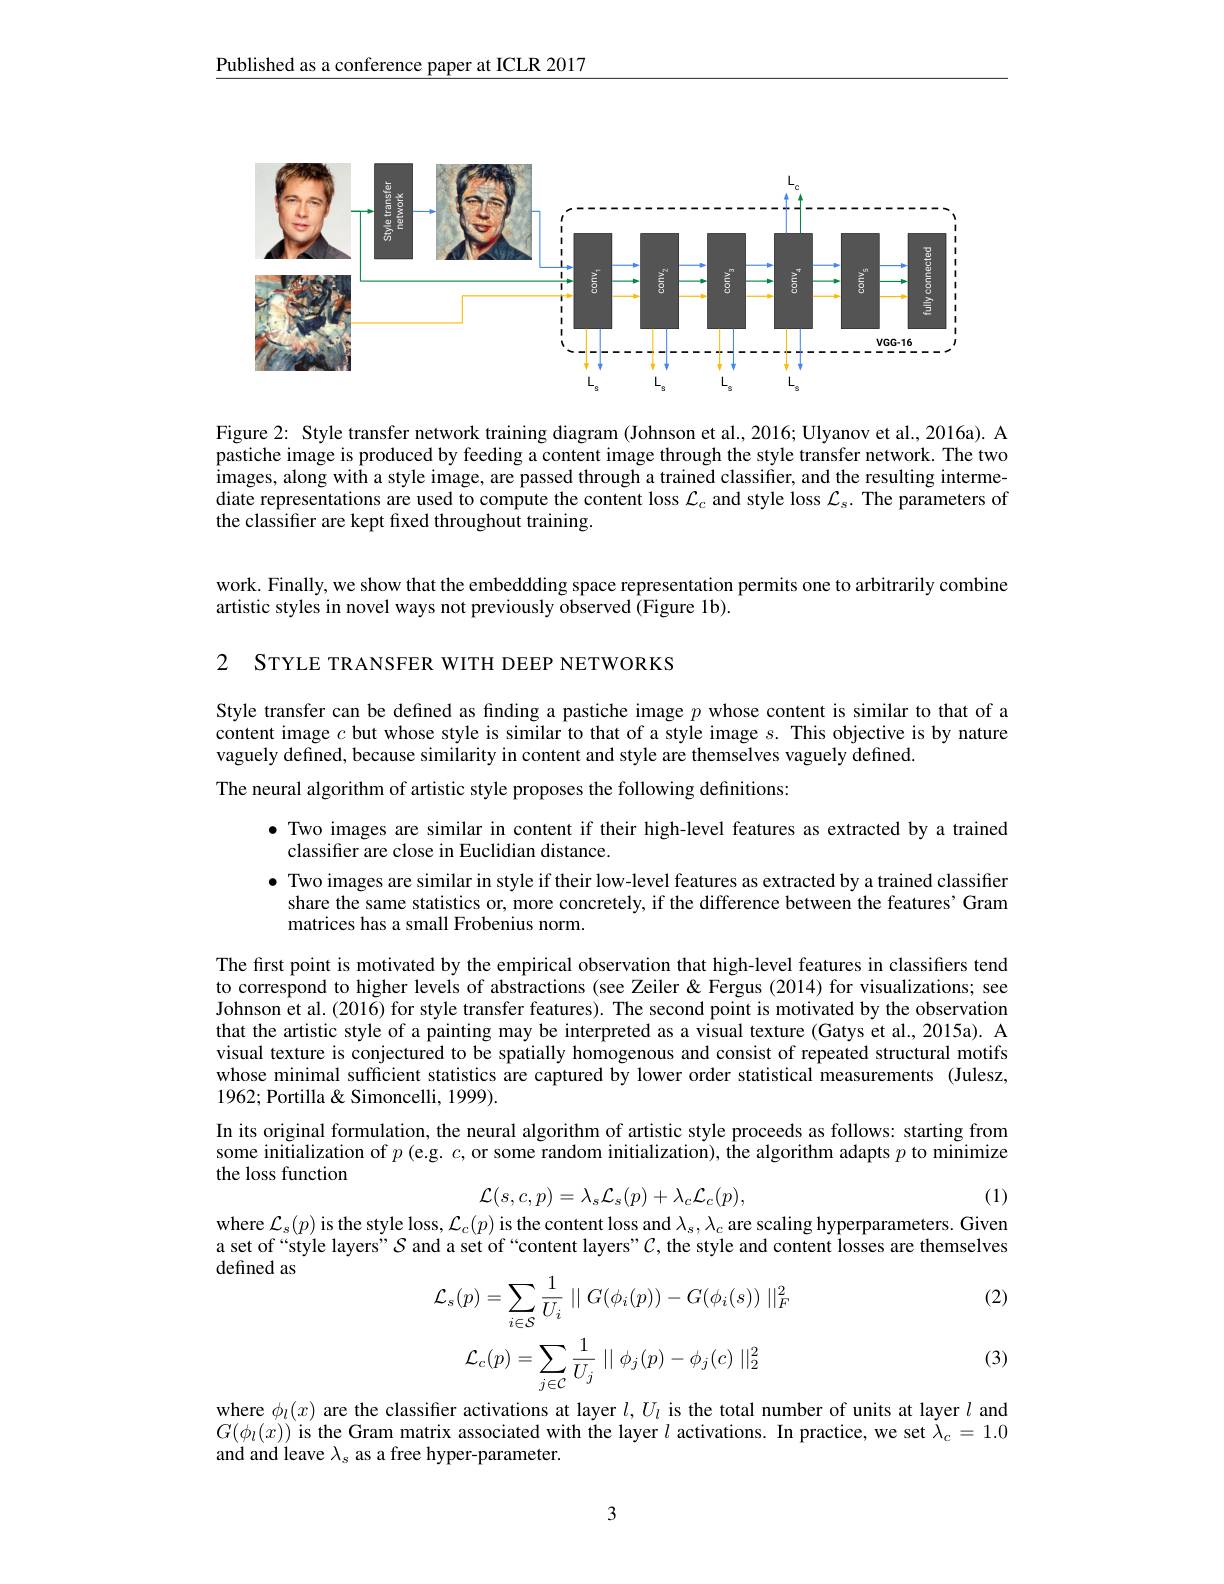
Published as a conference paper at ICLR 2017

<FigureHere>

Figure 2: Style transfer network training diagram (Johnson et al., 2016; Ulyanov et al., 2016a). A pastiche image is produced by feeding a content image through the style transfer network. The two images, along with a style image, are passed through a trained classifier, and the resulting intermediate representations are used to compute the content loss $\mathcal{L}_c$ and style loss $\mathcal{L}_\mathrm{s}.$ The parameters of the classifier are kept fixed throughout training.

work. Finally, we show that the embeddding space representation permits one to arbitrarily combine
artistic styles in novel ways not previously observed (Figure 1b).

2 STYLE TRANSFER WITH DEEP NETWORKS

Style transfer can be defined as finding a pastiche image $p$ whose content is similar to that of a content image $c$ but whose style is similar to that of a style image $s.$ This objective is by nature vaguely defined, because similarity in content and style are themselves vaguely defined.

The neural algorithm of artistic style proposes the following definitions:

$\bullet$ Two images are similar in content if their high-level features as extracted by a trained
classifier are close in Euclidian distance.
$\bullet$ Two images are similar in style if their low-level features as extracted by a trained classifier
share the same statistics or, more concretely, if the difference between the features' Gram
matrices has a small Frobenius norm.

The first point is motivated by the empirical observation that high-level features in classifiers tend to correspond to higher levels of abstractions (see Zeiler &Fergus (2014) for visualizations; see Johnson et al.(2016) for style transfer features). The second point is motivated by the observation that the artistic style of a painting may be interpreted as a visual texture (Gatys et al., 2015a). A visual texture is conjectured to be spatially homogenous and consist of repeated structural motifs whose minimal sufficient statistics are captured by lower order statistical measurements (Julesz, 1962; Portilla & Simoncelli, 1999).
In its original formulation, the neural algorithm of artistic style proceeds as follows: starting from some initialization of $p$ (e.g. $c$,or some random initialization), the algorithm adapts $p$ to minimize the loss function
$$\mathcal{L}(s,c,p)=\lambda_s\mathcal{L}_s(p)+\lambda_c\mathcal{L}_c(p),$$
(1)

where $\mathcal{L}_s(p)$ is the style loss, $\mathcal{L}_c(p)$ is the content loss and $\lambda_s,\lambda_c$ are scaling hyperparameters. Given a set of“style layers” $S$ and a set of“content layers”$\mathcal{C}$, the style and content losses are themselves defined as
$$\mathcal{L}_{s}(p)=\sum_{i\in\mathcal{S}}\frac{1}{U_{i}}\parallel G(\phi_{i}(p))-G(\phi_{i}(s))\parallel_{F}^{2}\\\mathcal{L}_{c}(p)=\sum_{j\in\mathcal{C}}\frac{1}{U_{j}}\parallel\phi_{j}(p)-\phi_{j}(c)\parallel_{2}^{2}$$
(2)

(3)

where $\phi_l(x)$ are the classifer activations at layer $l,U_l$ is the total number of units at layer $l$ and $G(\phi_{l}(x))$ is the Gram matrix associated with the layer $l$ activations. In practice, we set $\tilde{\lambda}_{c}=1.0$ and and leave $\lambda_s$ as a free hyper-parameter.

3